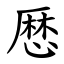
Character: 厯